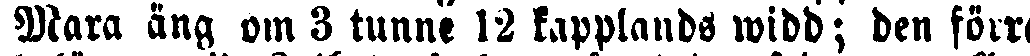
Wara äng om 3 tunne 12 kapplands widd; den förra